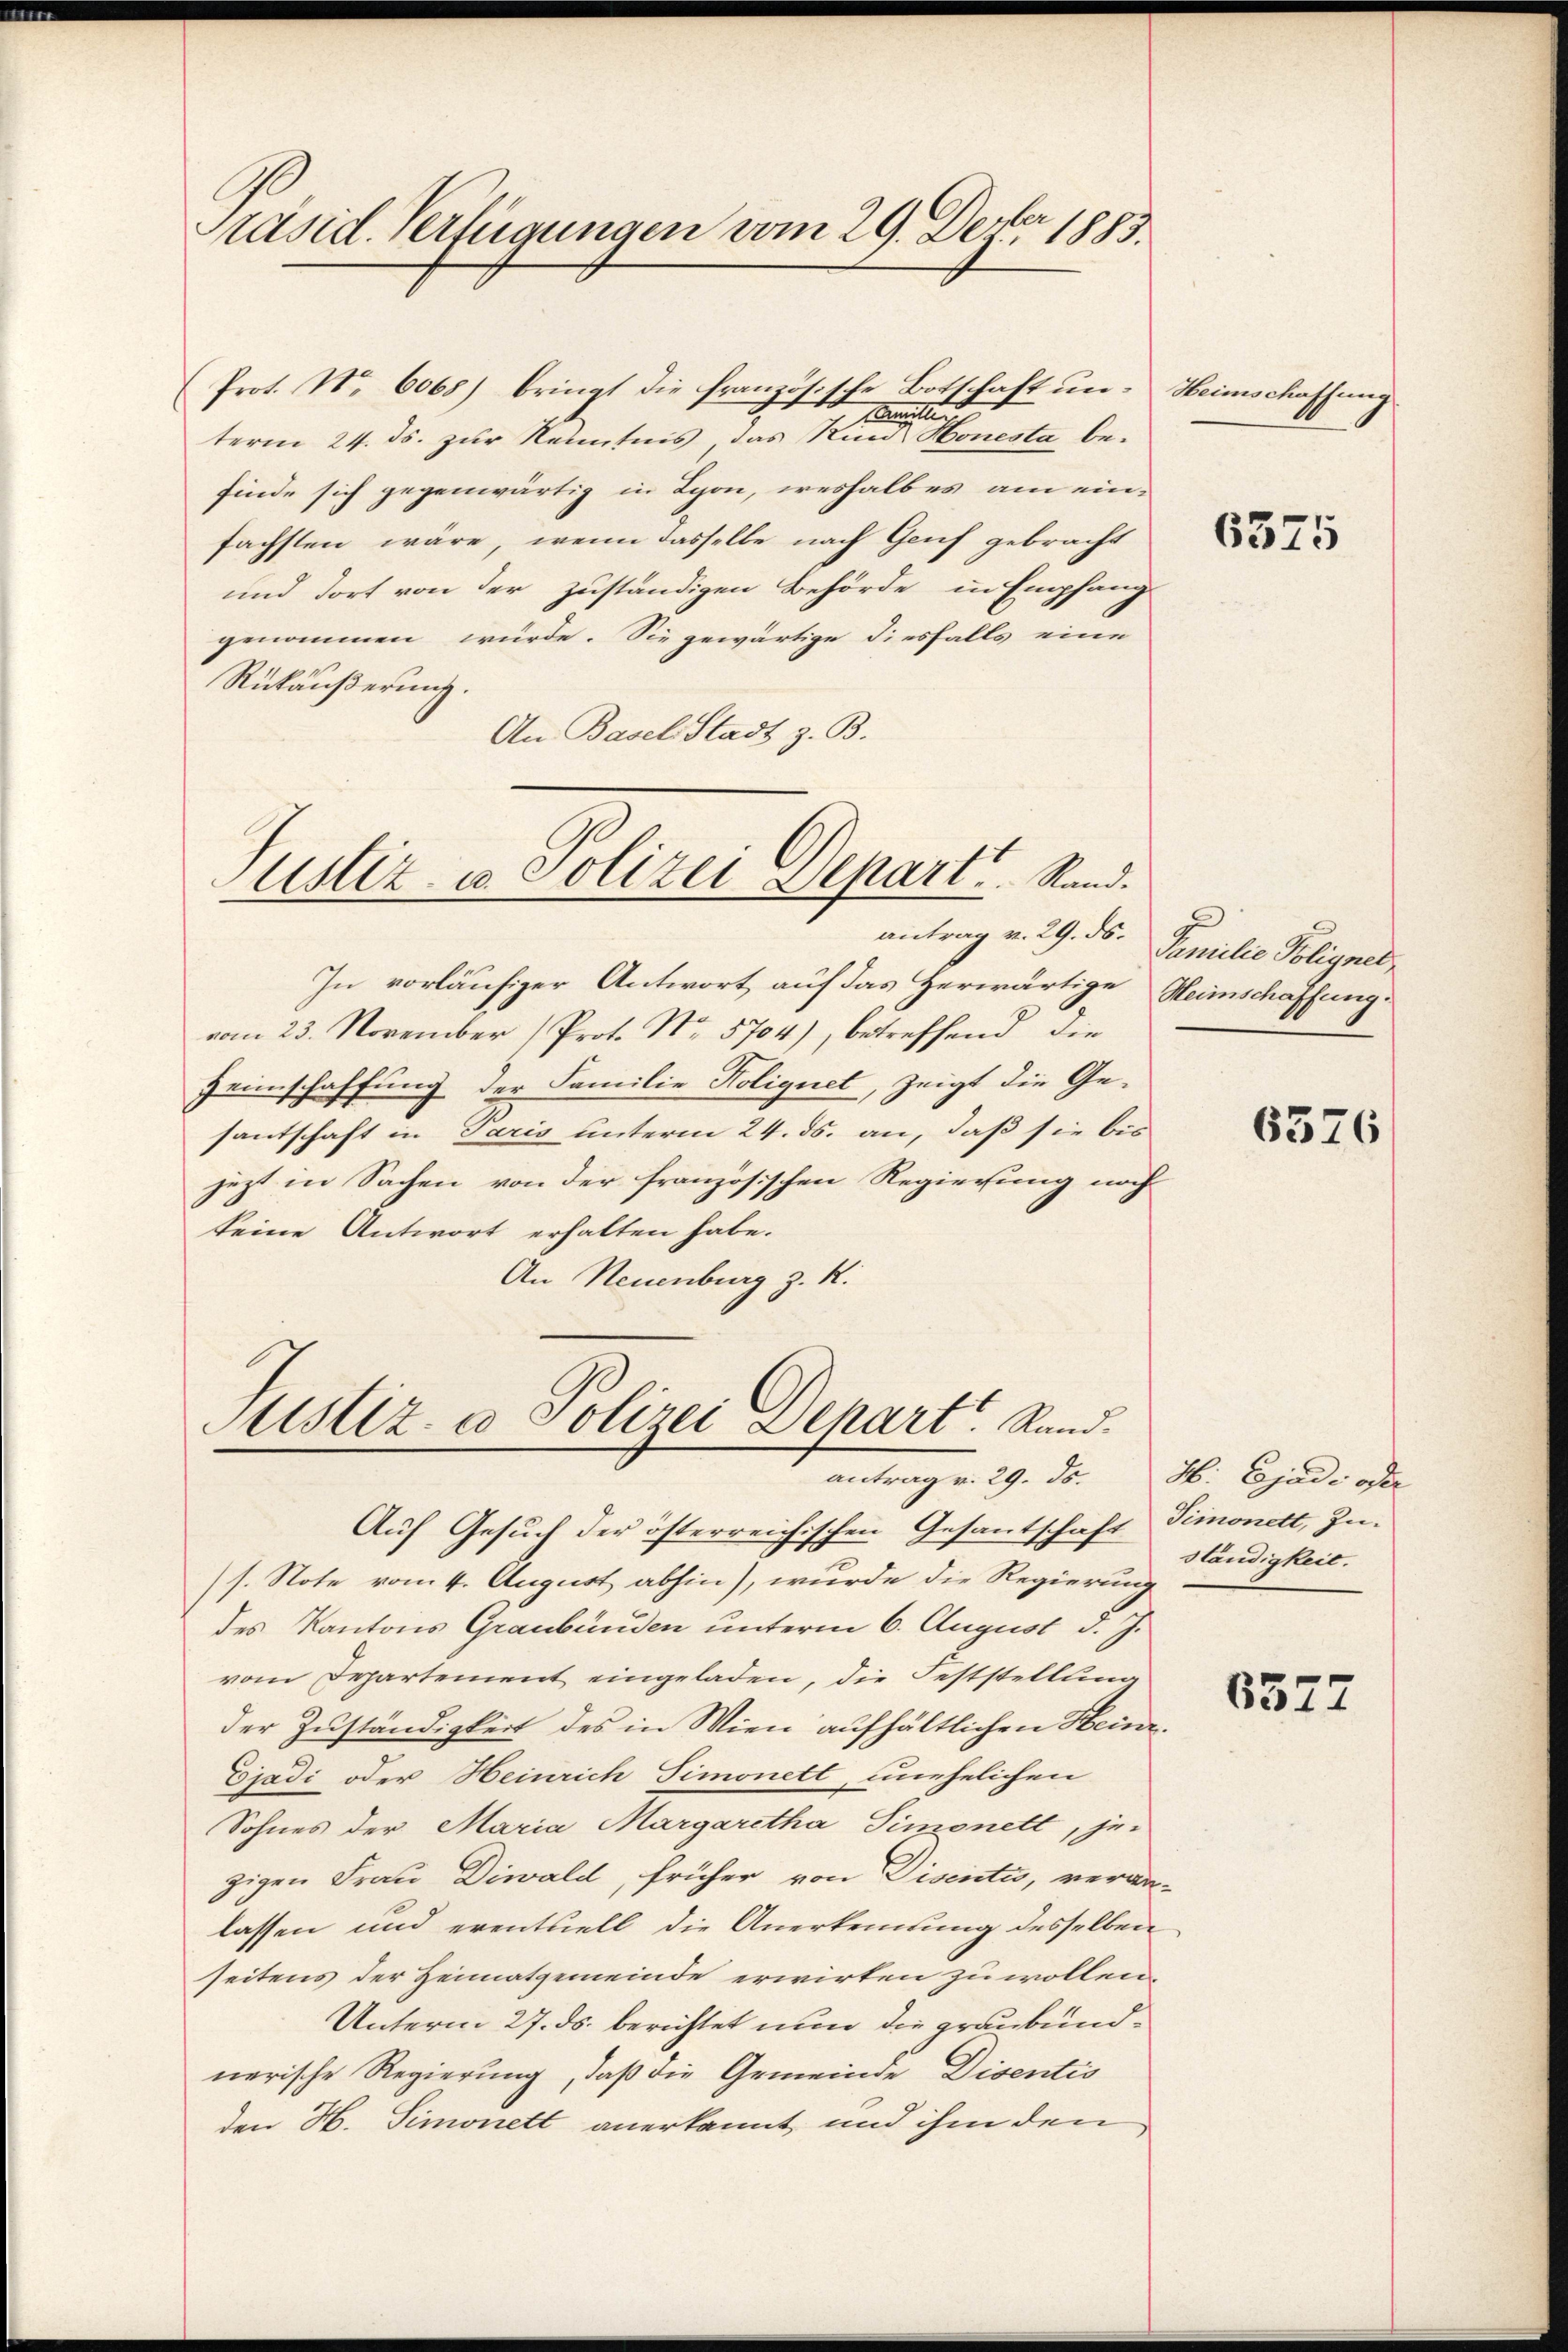
Prot. Nr. 6068) bringt die französische Botschaft ŭn-Heimschaffŭng
Muett
term 24. ds. zur Kenntnis das Kind Honesta befinde sich gegenwärtig in Lyon, weshalbes am ein-
fachsten wäre, wenn dasselbe nach Genf gebracht
und dort von der zuständigen Behörde in Empfang
genommen würde. Sie gewärtige diesfalls eine
Rükäußerung.
An Basel-Stadt z. B.

Präsid. Verfügungen vom 29. Depber 1883.

Justiz- u. Polizei Depart. Stand.

In vorläufiger Antwort auf das Herwärtige Heimschaffung
vom 23. November (Prot. No. 5704), betreffend die
Heimschaffung der Familie Koliquet, zeigt die Gesantschaft in Paris unterm 24. ds. an, daß sie bis
jezt in Sachen von der französischen Regierung noch
keine Antwort erhalten habe.
An Neuenburg z. R.

Justiz- & Polizei Depart. Rand.
antrag v. 29. ds. H. Ejadi oder
Auf Gesuch der österreichischen Gesantschaft Simonett, Zu-

antrag v. 29. ds. Familie Polignet,

s. Note vom 4. August abhin), wurde die Regierung
des Kantons Graubünden unterm 6. August d. J.
vom Departement eingeladen, die Feststellung
der Zuständigkeit des in Wien aufhältlichen Heinr.
Ejadi oder Heinrich Simonett, unehelichen
Sohnes der Maria Margaretha Simonett, je-
zigen Frau Diwald, früher von Disenti, veran-
lassen und eventuell die Anerkennung desselben
seitens der Heimatgemeinde erwirten zu wollen.
Unterm 27. ds. berichtet nun die graubündnerische Regierung, daß die Gemeinde Disentis
den H. Simonett anerkannt und ihm den

6375

6376

ständigkeit.

6577